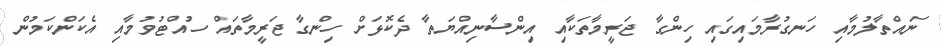
ނައްތާލުމާއި ހަނގުރާމައިގައި ހިންގާ ޖަރީމާތަކާއި އިންސާނިއްޔަތާ ދެކޮޅަށް ހިންގާ ޖަރީމާތައް ހުއްޓުވުމާއި އެކަންކަމުން